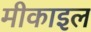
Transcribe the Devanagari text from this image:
मीकाइल